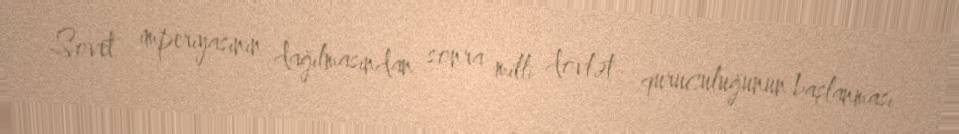
Sovet imperiyasının dağılmasından sonra milli dövlət quruculuğunun başlanması